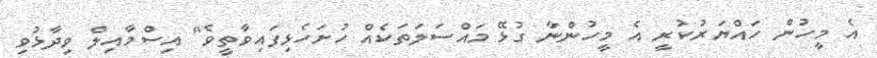
އެ މީހުން ހައްޔަރުކުރީ އެ މީހުންނާ ގުޅޭ މައްސަލަތަކެއް ހުށަހެޅިފައިވާތީވެ" އިސްމާއިލް ވިދާޅުވި